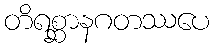
တိရစ္ဆာနဂတဿပေ